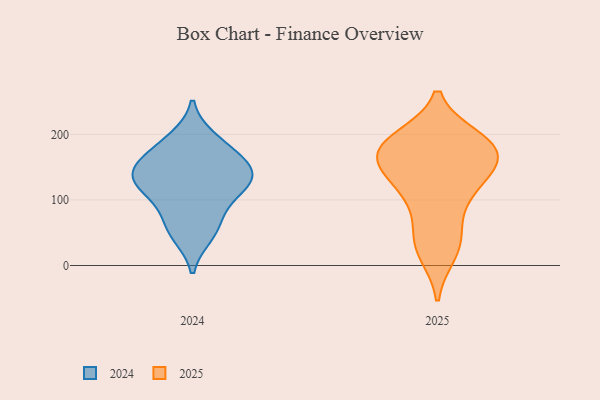
{"axis": {"x": "Net Income (USD K)", "y": "Value"}, "legend": ["2024", "2025"], "data": [{"x": "", "y": 177, "type": "2025"}, {"x": "", "y": 87, "type": "2025"}, {"x": "", "y": 40, "type": "2025"}, {"x": "", "y": 139, "type": "2025"}, {"x": "", "y": 147, "type": "2025"}, {"x": "", "y": 189, "type": "2025"}, {"x": "", "y": 192, "type": "2025"}, {"x": "", "y": 119, "type": "2025"}, {"x": "", "y": 176, "type": "2025"}, {"x": "", "y": 180, "type": "2025"}, {"x": "", "y": 34, "type": "2025"}, {"x": "", "y": 119, "type": "2025"}, {"x": "", "y": 176, "type": "2025"}, {"x": "", "y": 20, "type": "2025"}, {"x": "", "y": 166, "type": "2025"}, {"x": "", "y": 97, "type": "2024"}, {"x": "", "y": 123, "type": "2024"}, {"x": "", "y": 173, "type": "2024"}, {"x": "", "y": 155, "type": "2024"}, {"x": "", "y": 130, "type": "2024"}, {"x": "", "y": 129, "type": "2024"}, {"x": "", "y": 46, "type": "2024"}, {"x": "", "y": 64, "type": "2024"}, {"x": "", "y": 194, "type": "2024"}, {"x": "", "y": 148, "type": "2024"}]}